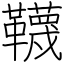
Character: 韈